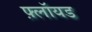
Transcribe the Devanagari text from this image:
फ़्लॉयड